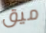
ميق